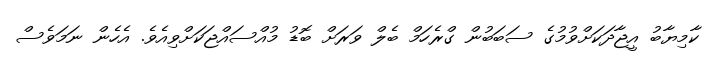
ކާމިޔާބު އީޖާދަކަށްވުމުގެ ސަބަބުން ގްރެހަމް ބެލް ވަރަށް ބޮޑު މުއްސައްޖަކަށްވިއެވެ. އެހެން ނަމަވެސް